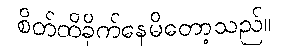
စိတ်ထိခိုက်နေမိတော့သည်။